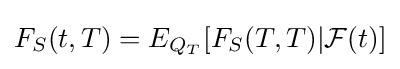
F_{S}(t,T)=E_{Q_{T}}[F_{S}(T,T)|{\mathcal {F}}(t)]